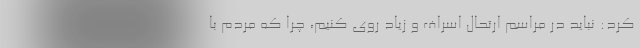
کرد: نباید در مراسم ارتحال اسراف و زیاد روی کنیم، چرا که مردم با